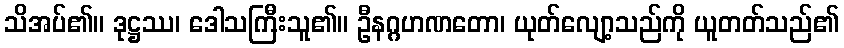
သိအပ်၏။ ဒုဋ္ဌဿ၊ ဒေါသကြီးသူ၏။ ဦနဂ္ဂဟဏတော၊ ယုတ်လျော့သည်ကို ယူတတ်သည်၏